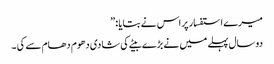
میرے استفسار پر اس نے بتایا : ”
دو سال پہلے میں نے بڑے بیٹے کی شادی دھوم دھام سے کی ۔